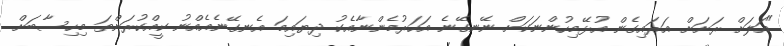
"އަލަށް ރަށަށް އަރައިގެން އުޅޭމިހުންނަކަށް ނޭނގޭނެ އަހަރުމެންނާއެކު ދިޔައިމަ އެނގޭނެއެއްނު ކީއްކުރަންތަ މިހިސާބަށް